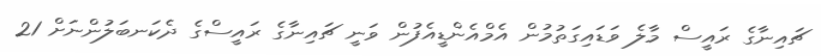
ޗައިނާގެ ރައީސް މާލެ ވަޑައިގަތުމުން އެމްއެންޑީއެފުން ވަނީ ޗައިނާގެ ރައީސްގެ ދެކަނބަލުންނަށް 21